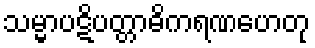
သမ္မာပဋိပတ္တာဓိကရဏဟေတု